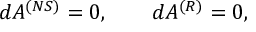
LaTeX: d { \cal A } ^ { ( N S ) } = 0 , \qquad d { \cal A } ^ { ( R ) } = 0 ,